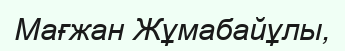
Мағжан Жұмабайұлы,